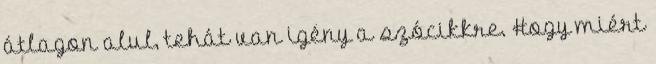
átlagon alul, tehát van igény a szócikkre. Hogy miért